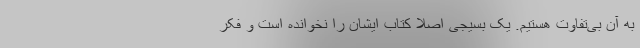
به آن بی‌تفاوت هستیم. یک بسیجی اصلا کتاب ایشان را نخوانده است و فکر